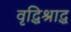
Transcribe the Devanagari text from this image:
वृद्धिश्राद्ध